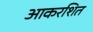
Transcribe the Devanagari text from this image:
आकरशित